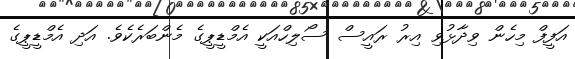
އަފީފް މިހެން ވިދާޅުވި އިރު ރައީސް ސޯލިހްއަކީ އެމްޑީޕީގެ މެންބަރެކެވެ. އަދި އެމްޑީޕީގެ